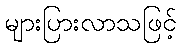
များပြားလာသဖြင့်